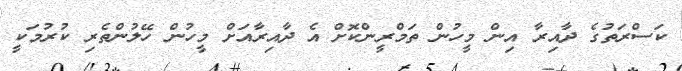
ކަސްރަތުގެ ދާއިރާ އިން މީހުން ތަމްރީންކޮށް އެ ދާއިރާއަށް މީހުން ހޭލުންތެރި ކުރުމަކީ